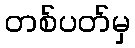
တစ်ပတ်မှ